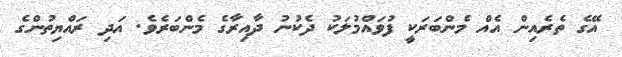
އޭގެ ތެރެއިން އެއް މެންބަރަކީ ފުވައްމުލަކު ދެކުނު ދާއިރާގެ މެންބަރެވެ. އަދި ރައްޔިތުންގެ